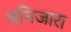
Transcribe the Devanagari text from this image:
बनिजारा